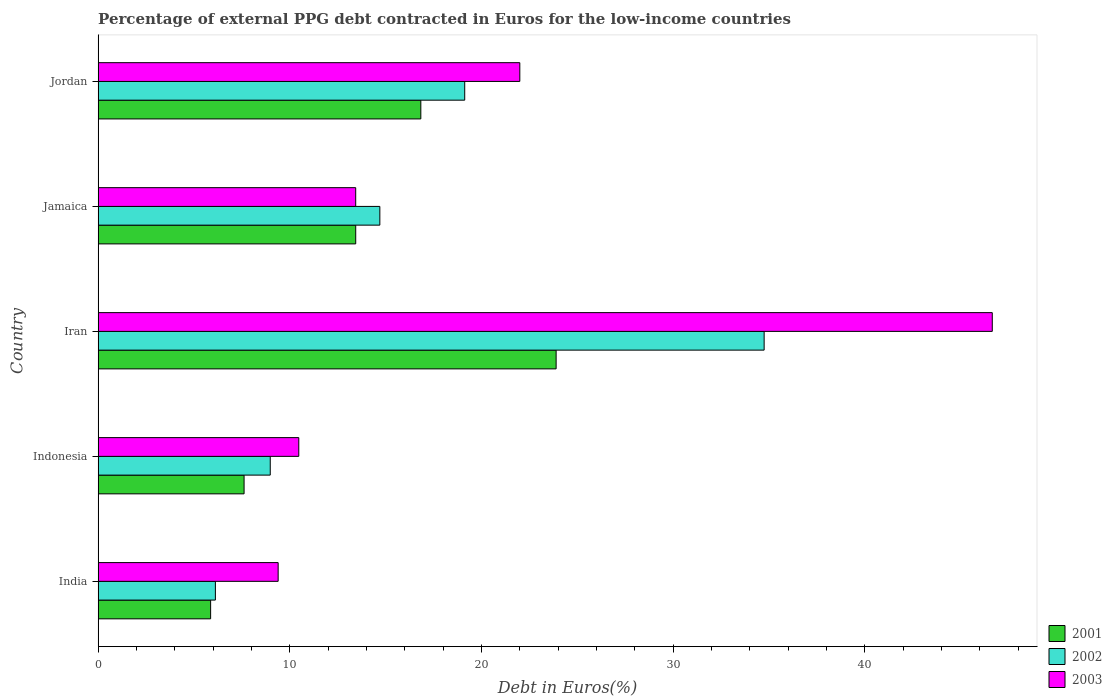
| Country | 2001 | 2002 | 2003 |
 | --- | --- | --- | --- |
 | India | 5.87 | 6.12 | 9.39 |
 | Indonesia | 7.62 | 8.98 | 10.5 |
 | Iran | 23.9 | 34.8 | 46.7 |
 | Jamaica | 13.4 | 14.7 | 13.4 |
 | Jordan | 16.8 | 19.1 | 22 |